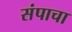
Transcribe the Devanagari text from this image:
संपाचा